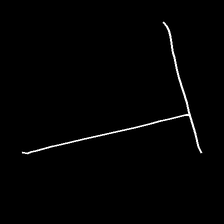
Glyph: column